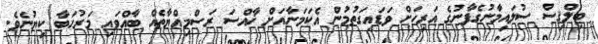
ބިލްޤިސް ސުލައިމާނުގެފާނުގެ އަރިހަށް ވަޑައިގަތުމުން އެކަމަނާއަށް ޚާއްސަ ރަސްމިއްޔާތެއް ބާއްވައި މަރުހަބާ ކިޔުނެވެ.